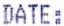
DATE: